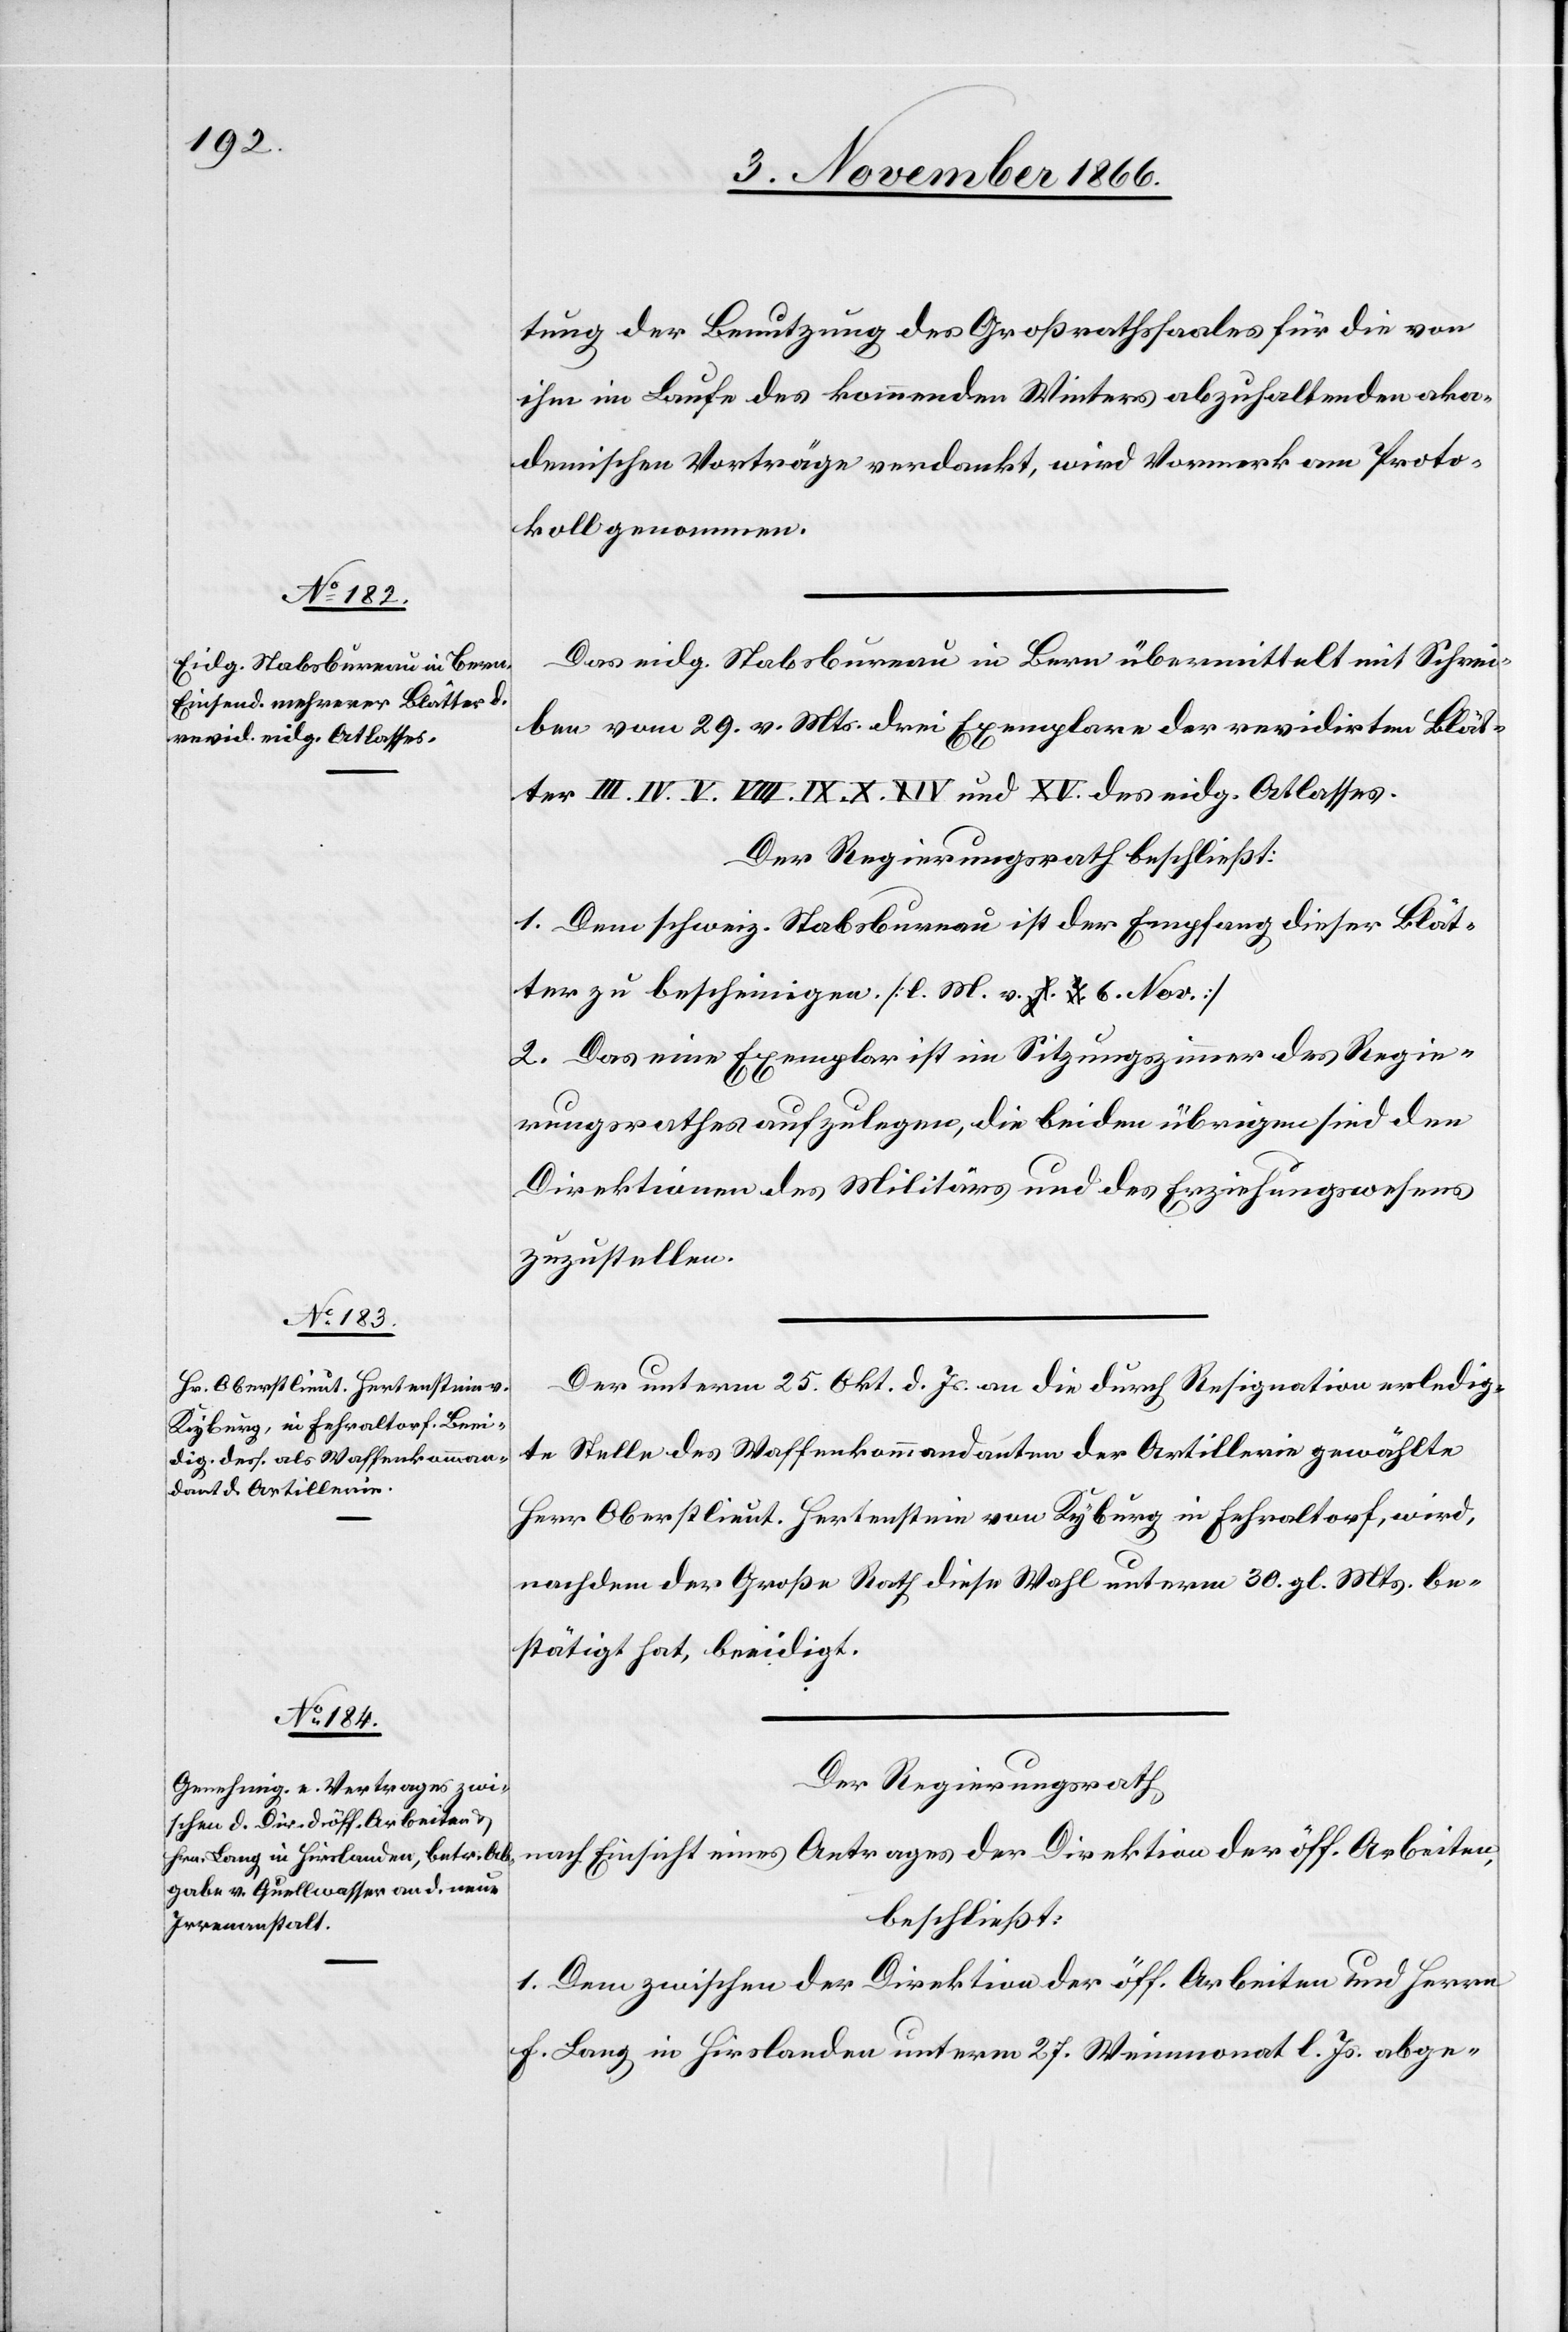
tung der Benutzung des Großrathssaales für die von
ihm im Laufe des kommenden Winters abzuhaltenden aka¬
demischen Vorträge verdankt, wird Vormerk am Proto¬
koll genommen.
Das eidg. Stabsbureau in Bern übermittelt mit Schrei¬
ben vom 29. v. Mts. drei Exemplare der revidirten Blät¬
ter III. IV. V. VIII. IX. X. XIV und XV. des eidg. Atlasses.
Der Regierungsrath beschließt:
1. Dem schweiz. Stabsbureau ist der Empfang dieser Blät¬
ter zu bescheinigen. [l. M. v. 6. Nov.]
2. Das eine Exemplar ist im Sitzungszimmer des Regie¬
rungsrathes aufzulegen, die beiden übrigen sind den
Direktionen des Militärs und des Erziehungswesens
zuzustellen.
Der unterm 25. Okt. d. Js. an die durch Resignation erledig¬
te Stelle des Waffenkommandanten der Artillerie gewählte
Herr Oberstlieut. Hertenstein von Kyburg in Fehraltorf, wird,
nachdem der Große Rath diese Wahl unterm 30. gl. Mts. be¬
stätigt hat, beeidigt.
Der Regierungsrath,
nach Einsicht eines Antrages der Direktion der öff. Arbeiten,
beschließt:
1. Dem zwischen der Direktion der öff. Arbeiten und Herrn
F. Lang in Hirslanden unterm 27. Weinmonat l. Js. abge-